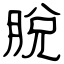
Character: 脫